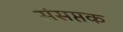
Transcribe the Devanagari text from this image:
संसप्तक